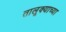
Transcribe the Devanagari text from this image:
तालूक्याच्या